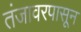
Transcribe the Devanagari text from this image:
तंजावरपासून